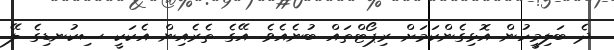
ދެ ބަލިމީހުން އޮޅިގެންކަމަށް ރިޕޯޓްތައް ބުނެއެވެ. އޭގެ ތެރެއިން އެކަކީ ސިކުނޑިގެ ލޭ